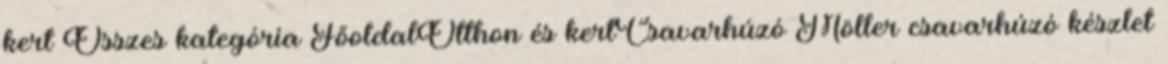
kert Összes kategória FőoldalOtthon és kertCsavarhúzó Möller csavarhúzó készlet